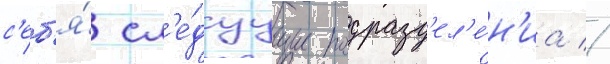
с'еб'я́ сл'е́дуущие подразд'ел'е́н'иа //